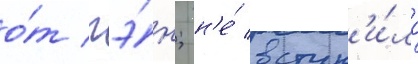
о́т гэ́н; н'е́ вступ'и́ло